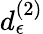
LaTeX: d_{\epsilon}^{\left(2\right)}